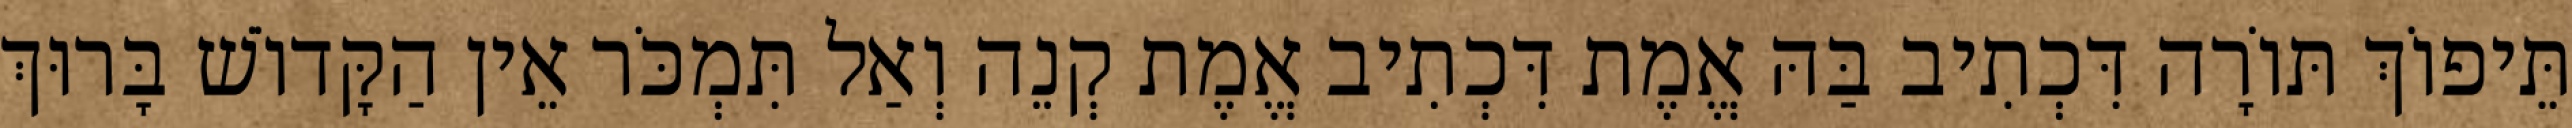
תֵּיפוֹךְ תּוֹרָה דִּכְתִיב בַּהּ אֱמֶת דִּכְתִיב אֱמֶת קְנֵה וְאַל תִּמְכֹּר אֵין הַקָּדוֹשׁ בָּרוּךְ